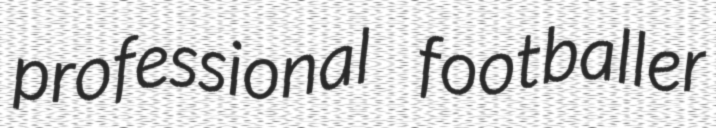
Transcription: professional footballer